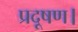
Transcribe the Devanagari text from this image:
प्रदूषण।